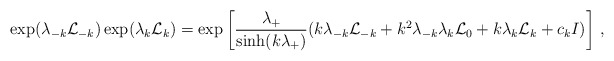
\begin{align*}\exp({\lambda_{-k}{\cal L}_{-k}})\exp({\lambda_k{\cal L}_k})=\exp\bigg[ {\lambda_+\over \sinh (k\lambda_+)}(k\lambda_{-k}{\cal L}_{-k}+k^2\lambda_{-k}\lambda_k{\cal L}_0+k\lambda_k {\cal L}_k+c_kI)\bigg]\ ,\end{align*}